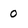
Character: 0